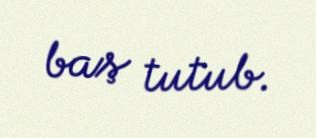
baş tutub.